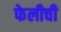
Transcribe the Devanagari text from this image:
फेलीची